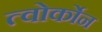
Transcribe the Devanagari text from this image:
त्वोर्कोन